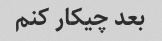
بعد چیکار کنم